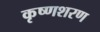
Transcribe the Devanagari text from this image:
कृष्णशरण